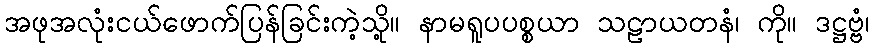
အဖုအလုံးငယ်ဖောက်ပြန်ခြင်းကဲ့သို့။ နာမရူပပစ္စယာ သဠာယတနံ၊ ကို။ ဒဋ္ဌဗ္ဗံ၊